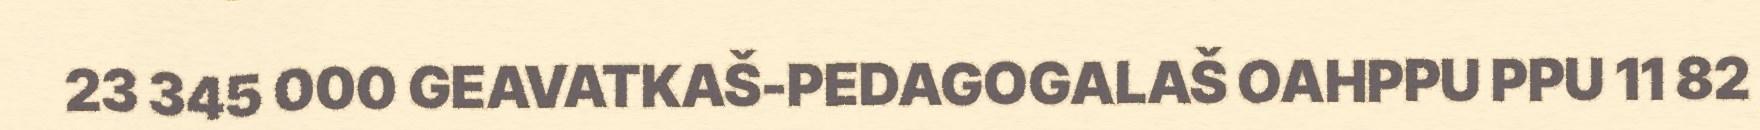
23 345 000 GEAVATKAŠ-PEDAGOGALAŠ OAHPPU PPU 11 82